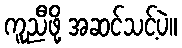
ကူညီဖို့ အဆင်သင့်ပဲ။